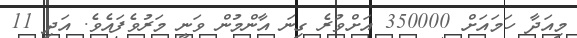
މިއަދާ ހަމައަށް 350000 އަށްވުރެ ގިނަ އާންމުން ވަނީ މަރުވެފައެވެ. އަދި 11